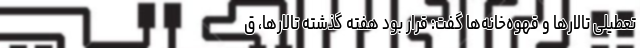
تعطیلی تالارها و قهوه‌خانه‌ها گفت: قرار بود هفته گذشته تالارها، ق